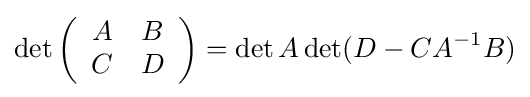
\det \left({\begin{array}{cc}A&B\\C&D\end{array}}\right)=\det A\det(D-CA^{-1}B)